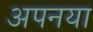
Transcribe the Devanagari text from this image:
अपनया